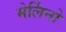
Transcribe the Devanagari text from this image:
मेर्लिनो